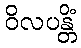
ဝိလပန္တိံ